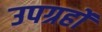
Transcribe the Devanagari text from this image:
उपग्रहोंं